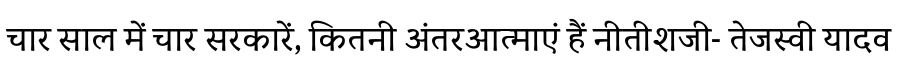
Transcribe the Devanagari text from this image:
चार साल में चार सरकारें, कितनी अंतरआत्माएं हैं नीतीशजी- तेजस्वी यादव